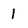
Character: I